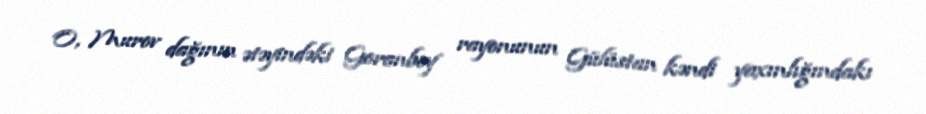
O, Murov dağının ətəyindəki Goranboy rayonunun Gülüstan kəndi yaxınlığındakı